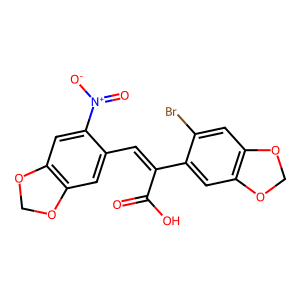
SMILES: O=C(O)C(=Cc1cc2c(cc1[N+](=O)[O-])OCO2)c1cc2c(cc1Br)OCO2
Inhibits HIV replication: No